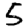
Digit: 5